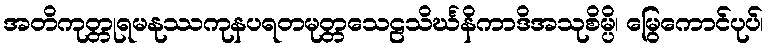
အတိကုတ္တုရမနုဿကုနပရတမုတ္တသေဠသိင်္ဃနိကာဒိအသုစိမ္ပိ၊ မြွေကောင်ပုပ်၊